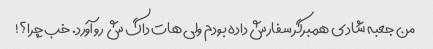
من جعبه شادی همبرگر سفارش داده بودم ولی هات داگ ش رو آورد. خب چرا؟!